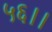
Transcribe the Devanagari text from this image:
५६।।